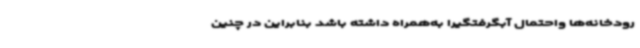
رودخانه‌ها واحتمال آبگرفتگیرا به‌همراه داشته باشد بنابراین در چنین